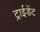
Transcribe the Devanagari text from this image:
ट्राईडेंट